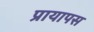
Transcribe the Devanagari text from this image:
प्रायापस